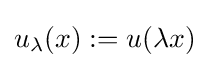
u_{\lambda }(x):=u(\lambda x)